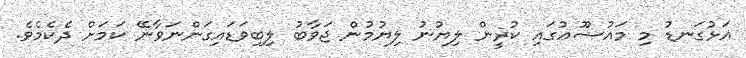
އަޅުގަނޑު މި މައުޟޫޢުގައި ކުރީން ލިޔުނު ލިޔުމުން ޖަވާބު ލިބިވަޑައިގަންނަވާނޭ ކަމަށް ދެކެމެވެ.